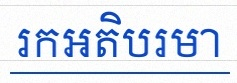
រកអតិបរមា